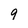
Character: 9